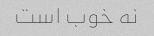
نه خوب است